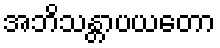
အဘိသန္တာပယတော